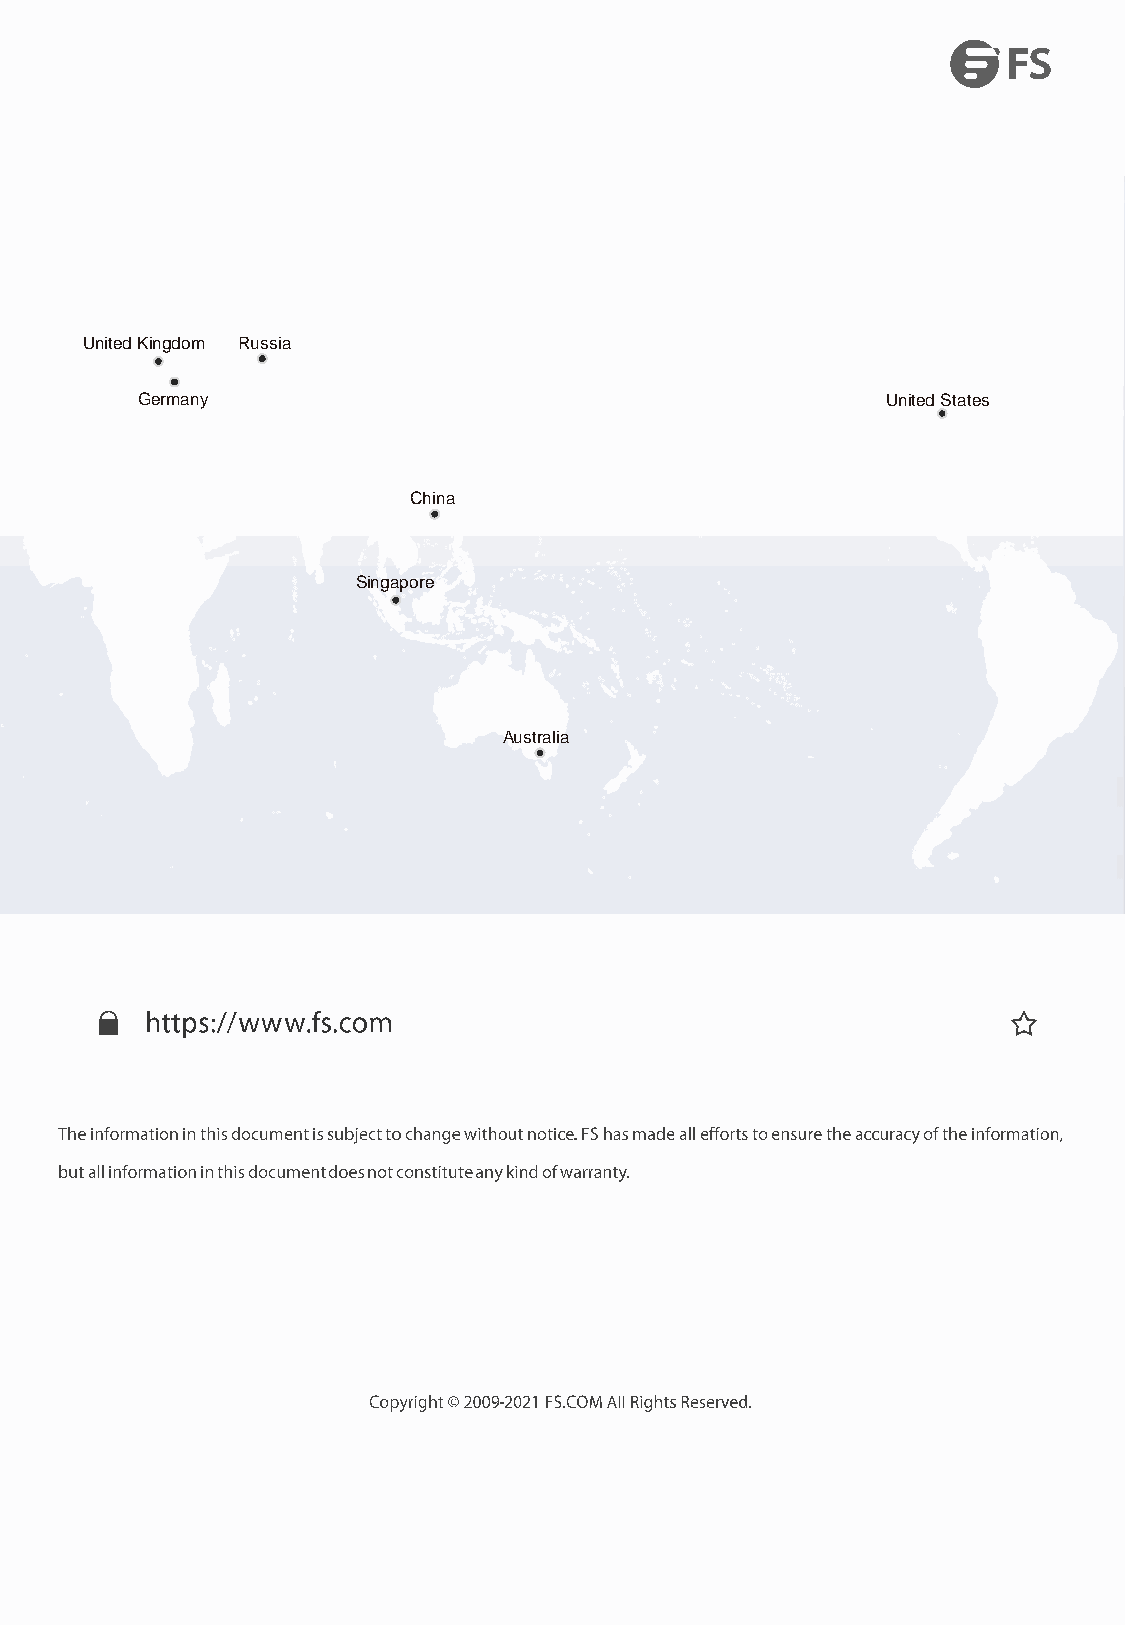
United Kingdom Russia
 Germany                                           United States
 China
 Singapore
 Australia